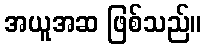
အယူအဆ ဖြစ်သည်။